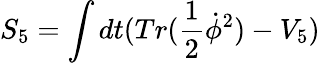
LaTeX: S_{5}=\int dt(Tr(\frac{1}{2}\dot{\phi}^{2})-V_{5})